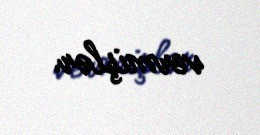
vermişlər.